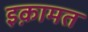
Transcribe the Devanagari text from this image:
इक़ामत